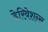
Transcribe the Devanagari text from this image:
डेरिवेशन्स